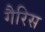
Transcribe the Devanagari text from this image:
गैरिस